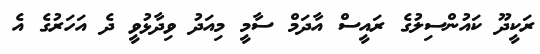
ރަކީދޫ ކައުންސިލުގެ ރައީސް އާދަމް ސާމީ މިއަދު ވިދާޅުވީ ދެ އަހަރުގެ އެ